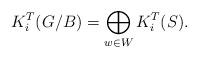
LaTeX: \begin{align*}K^{T}_{i}(G/B) = \bigoplus_{w\in W} K^{T}_{i}(S).\end{align*}